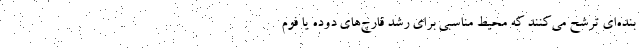
بنده‌ای ترشح می‌کنند که محیط مناسبی برای رشد قارچ‌های دوده یا فوم